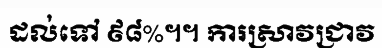
ដល់ទៅ ៩៨%។។ ការស្រាវជ្រាវ